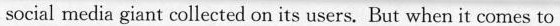
social media giant collected on its users.But when it comes to